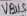
Text: VBUS